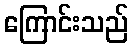
ကြောင်းသည်